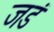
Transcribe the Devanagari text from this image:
जडं